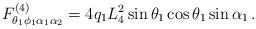
LaTeX: \begin{align*}F^{(4)}_{\theta_1 \phi_1 \alpha_1 \alpha_2}=4{q}_1L_4^2\sin\theta_1 \cos\theta_1 \sin\alpha_1 \, .\end{align*}